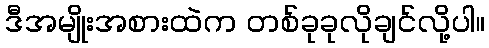
ဒီအမျိုးအစားထဲက တစ်ခုခုလိုချင်လို့ပါ။